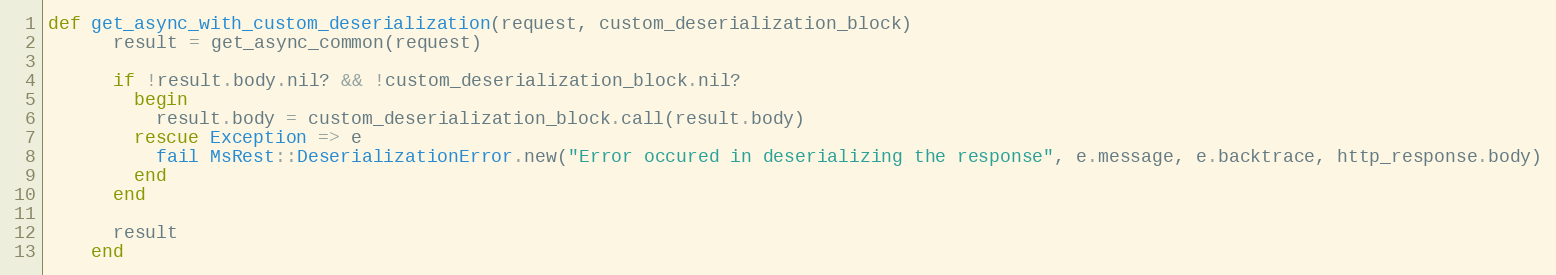
Language: Ruby
def get_async_with_custom_deserialization(request, custom_deserialization_block)
      result = get_async_common(request)

      if !result.body.nil? && !custom_deserialization_block.nil?
        begin
          result.body = custom_deserialization_block.call(result.body)
        rescue Exception => e
          fail MsRest::DeserializationError.new("Error occured in deserializing the response", e.message, e.backtrace, http_response.body)
        end
      end

      result
    end